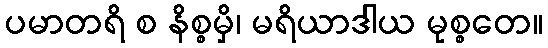
ပမာတရိ စ နိစ္စမှိ၊ မရိယာဒါယ မုစ္စတေ။